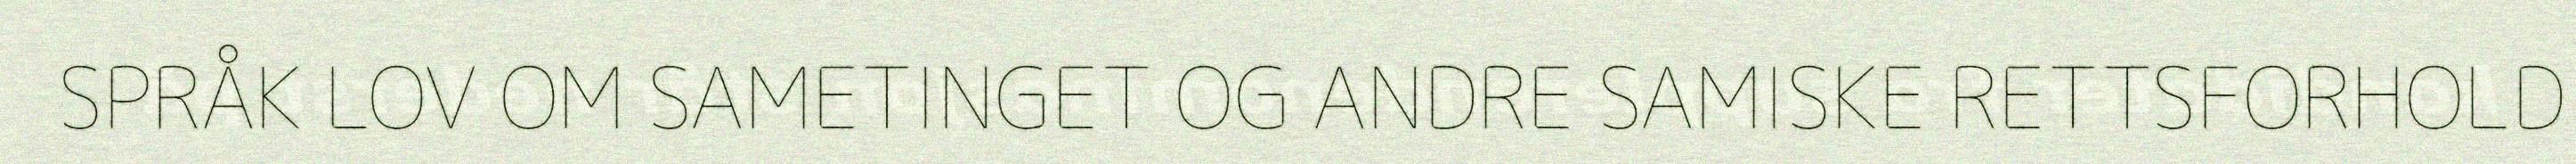
SPRÅK LOV OM SAMETINGET OG ANDRE SAMISKE RETTSFORHOLD